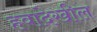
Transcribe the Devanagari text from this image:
हवादेखील